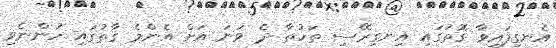
އެނގިފައިވާ ގޮތުގައި އިނގިރޭސި ތަހުތާ ދެ ވަނަ އަށް އެންމެ ގާތުގައި ހުންނެވި